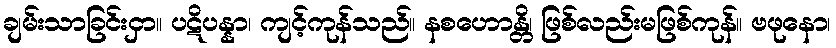
ချမ်းသာခြင်းငှာ။ ပဋိပန္နာ၊ ကျင့်ကုန်သည်။ နစဟောန္တိ၊ ဖြစ်လည်းမဖြစ်ကုန်။ ဗဖုနော၊